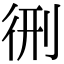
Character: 㣜